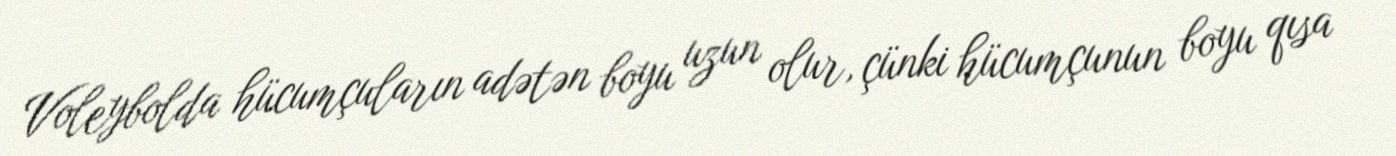
Voleybolda hücumçuların adətən boyu uzun olur, çünki hücumçunun boyu qısa